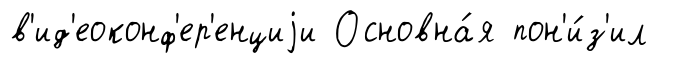
в'ид'еоконф'ер'енциjи Основна́я пон'и́з'ил